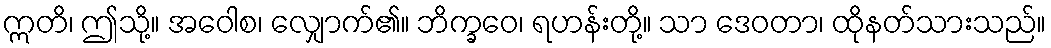
ဣတိ၊ ဤသို့။ အဝေါစ၊ လျှောက်၏။ ဘိက္ခဝေ၊ ရဟန်းတို့။ သာ ဒေဝတာ၊ ထိုနတ်သားသည်။